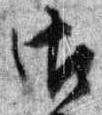
御